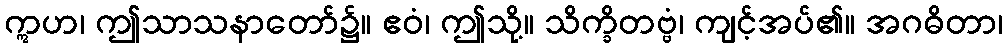
ဣဟ၊ ဤသာသနာတော်၌။ ဧဝံ၊ ဤသို့။ သိက္ခိတဗ္ဗံ၊ ကျင့်အပ်၏။ အဂဓိတာ၊